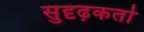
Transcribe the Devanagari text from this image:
सुदृढ़कर्ता